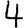
Digit: 4